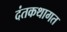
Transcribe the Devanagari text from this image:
दंतकथागत